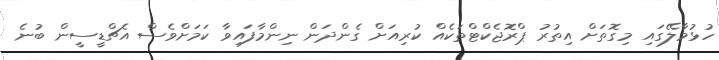
ހުޅުމާލޭގައި މިގޮތަށް އިތުރު ޕްރޮޖެކްޓްތަކެއް ކުރިއަށް ގެންދަން ނިންމާފައިވާ ކަމަށްވެސް އެޗްޑީސީން ބުނެ